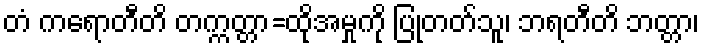
တံ ကရောတီတိ တက္ကတ္တာ=ထိုအမှုကို ပြုတတ်သူ၊ ဘရတီတိ ဘတ္တာ၊